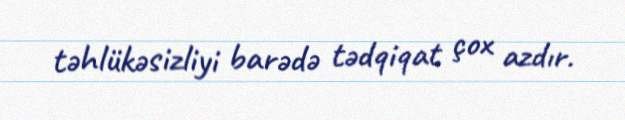
təhlükəsizliyi barədə tədqiqat çox azdır.